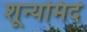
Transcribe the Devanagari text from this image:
शून्यमिदं